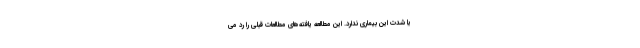
یا شدت این بیماری ندارد. این مطالعه یافته‌های مطالعات قبلی را رد می